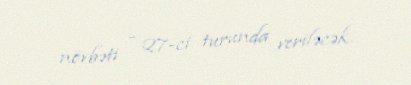
növbəti - 27-ci turunda veriləcək.